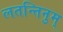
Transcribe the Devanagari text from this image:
लतन्तिनुम्